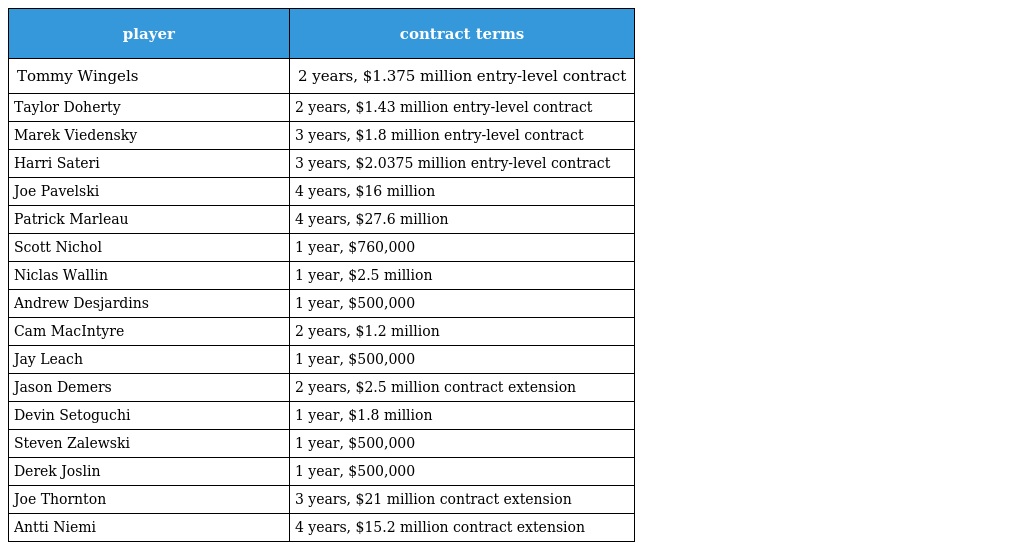
| player | contract terms |
 | --- | --- |
 | Tommy Wingels | 2 years, $1.375 million entry-level contract |
 | Taylor Doherty | 2 years, $1.43 million entry-level contract |
 | Marek Viedensky | 3 years, $1.8 million entry-level contract |
 | Harri Sateri | 3 years, $2.0375 million entry-level contract |
 | Joe Pavelski | 4 years, $16 million |
 | Patrick Marleau | 4 years, $27.6 million |
 | Scott Nichol | 1 year, $760,000 |
 | Niclas Wallin | 1 year, $2.5 million |
 | Andrew Desjardins | 1 year, $500,000 |
 | Cam MacIntyre | 2 years, $1.2 million |
 | Jay Leach | 1 year, $500,000 |
 | Jason Demers | 2 years, $2.5 million contract extension |
 | Devin Setoguchi | 1 year, $1.8 million |
 | Steven Zalewski | 1 year, $500,000 |
 | Derek Joslin | 1 year, $500,000 |
 | Joe Thornton | 3 years, $21 million contract extension |
 | Antti Niemi | 4 years, $15.2 million contract extension |